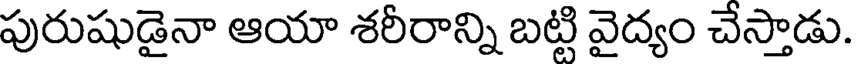
పురుషుడైనా ఆయా శరీరాన్ని బట్టి వైద్యం చేస్తాడు.